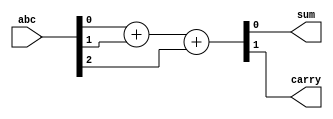
module full_adder_behavioral(abc, sum, carry);
input [2:0] abc; //abc is 3 bit input whereas a[0]=a,a[1]=b,a[2]=c (input carry)
output sum,carry; 
reg sum,carry;
always@(abc) //always block makes this behavioral modeling
begin
{carry, sum} = abc[0] + abc[1] + abc[2]; 
end
endmodule